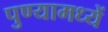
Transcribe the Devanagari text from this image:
पुण्यामध्यें